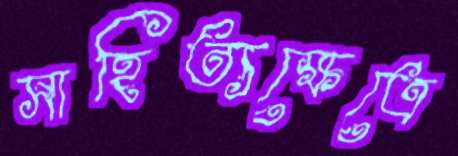
সাহিত্যক্ষেত্রে